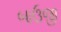
બાઉજી